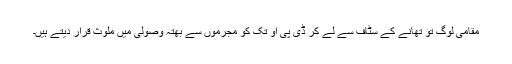
مقامی لوگ تو تھانے کے سٹاف سے لے کر ڈی پی او تک کو مجرموں سے بھتہ وصولی میں ملوث قرار دیتے ہیں۔